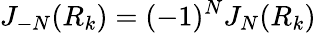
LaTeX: J_{-N}(R_{k})=(-1)^{N}J_{N}(R_{k})